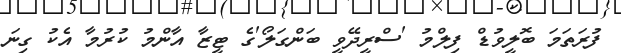
ފުރަތަމަ ބޮލީވުޑް ފިލްމު 'ސްރީދޭވީ ބަންގަލޯ'ގެ ޓީޒާ އާންމު ކުރުމާ އެކު ގިނަ